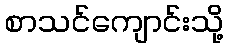
စာသင်ကျောင်းသို့